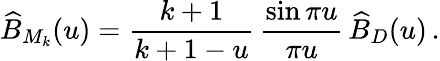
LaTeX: \widehat B_{M_{k}}(u)=\frac{k+1}{k+1-u}\, \frac{\sin\pi u}{\pi u}\, \widehat B_{D}(u)\, .